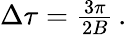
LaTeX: \begin{array}{r}{\Delta\tau=\frac{3\pi}{2B}\, .}\end{array}